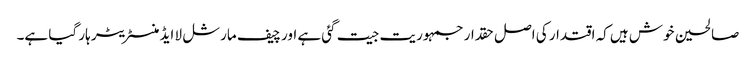
صالحین خوش ہیں کہ اقتدار کی اصل حقدار جمہوریت جیت گئی ہے اور چیف مارشل لا ایڈمنسٹریٹر ہار گیا ہے۔